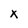
Character: X